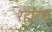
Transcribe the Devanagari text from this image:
रहाटच